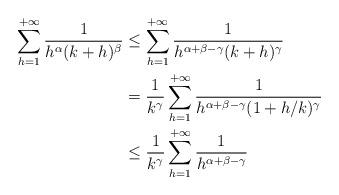
LaTeX: \begin{align*}\sum_{h=1}^{+\infty} \frac{1}{h^\alpha(k+h)^\beta} & \leq \sum_{h=1}^{+\infty} \frac{1}{h^{\alpha+\beta-\gamma}(k+h)^\gamma} \\&= \frac{1}{k^\gamma} \sum_{h=1}^{+\infty} \frac{1}{h^{\alpha+\beta-\gamma}(1+h/k)^\gamma}\\&\leq \frac{1}{k^\gamma} \sum_{h=1}^{+\infty} \frac{1}{h^{\alpha+\beta-\gamma}}\end{align*}